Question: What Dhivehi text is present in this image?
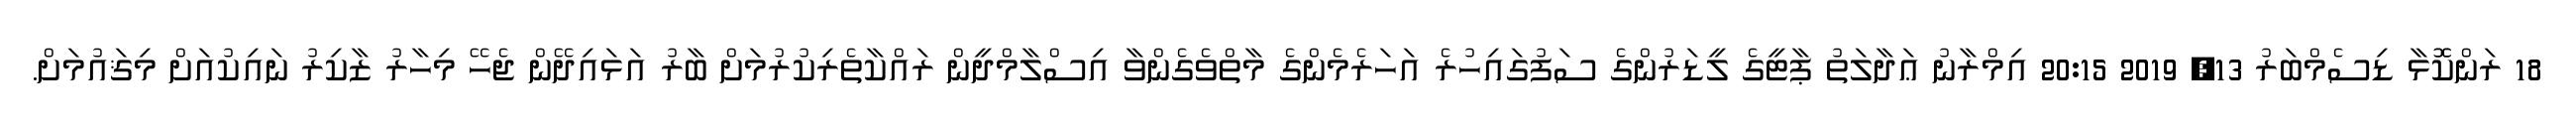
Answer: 18 ރަންކޮޮޅާ ޑިސެމްބަރު 13, 2019 20:15 އިމްރާނު ޢަދާލަތު ޕާޓީގެ ލީޑަރުންގެ ސަފުގައިހުރެ އަހަރެމެންގެ މާތްވެގެންވާ އިސްލާމްދީން ރައްކާތެރިކުރުމަށް ބާރު އަޅައިދޭން ޖެހޭ މިހާރު ޒާކިރު ނައިކުއަށް މިޤައުމަށް.